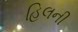
હિલની